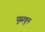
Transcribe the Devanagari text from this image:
घुसवुन